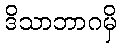
ဒိသာဘာဂမှိ